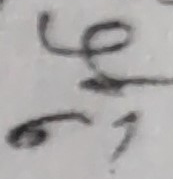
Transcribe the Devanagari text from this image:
६१